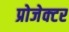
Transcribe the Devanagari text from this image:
प्रोजेक्‍टर